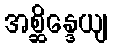
အစ္ဆိန္ဒေယျ